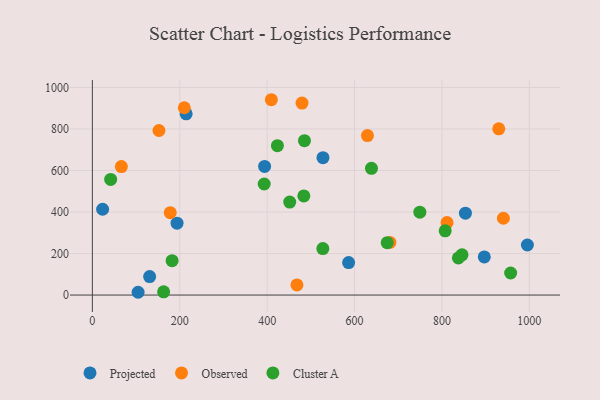
{"axis": {"x": "Engine Size", "y": "Demand"}, "legend": ["Cluster A", "Observed", "Projected"], "data": [{"x": "995.6", "y": 241.1, "type": "Projected"}, {"x": "214.7", "y": 872.9, "type": "Projected"}, {"x": "394.2", "y": 619.7, "type": "Projected"}, {"x": "104.7", "y": 13.4, "type": "Projected"}, {"x": "586.5", "y": 156.5, "type": "Projected"}, {"x": "23.5", "y": 413.3, "type": "Projected"}, {"x": "527.8", "y": 661.9, "type": "Projected"}, {"x": "853.8", "y": 394.5, "type": "Projected"}, {"x": "193.8", "y": 346.5, "type": "Projected"}, {"x": "897.0", "y": 183.7, "type": "Projected"}, {"x": "131.1", "y": 89.0, "type": "Projected"}, {"x": "930.1", "y": 800.7, "type": "Observed"}, {"x": "210.4", "y": 902.4, "type": "Observed"}, {"x": "178.3", "y": 397.1, "type": "Observed"}, {"x": "468.2", "y": 48.7, "type": "Observed"}, {"x": "940.7", "y": 370.0, "type": "Observed"}, {"x": "152.4", "y": 792.7, "type": "Observed"}, {"x": "479.8", "y": 924.8, "type": "Observed"}, {"x": "681.0", "y": 253.5, "type": "Observed"}, {"x": "66.4", "y": 618.9, "type": "Observed"}, {"x": "811.7", "y": 349.1, "type": "Observed"}, {"x": "409.6", "y": 941.0, "type": "Observed"}, {"x": "629.6", "y": 768.5, "type": "Observed"}, {"x": "846.0", "y": 193.7, "type": "Cluster A"}, {"x": "485.4", "y": 743.6, "type": "Cluster A"}, {"x": "484.0", "y": 477.4, "type": "Cluster A"}, {"x": "674.8", "y": 252.4, "type": "Cluster A"}, {"x": "423.5", "y": 719.8, "type": "Cluster A"}, {"x": "807.5", "y": 309.2, "type": "Cluster A"}, {"x": "957.3", "y": 106.3, "type": "Cluster A"}, {"x": "393.3", "y": 535.0, "type": "Cluster A"}, {"x": "451.7", "y": 447.8, "type": "Cluster A"}, {"x": "41.9", "y": 557.2, "type": "Cluster A"}, {"x": "749.5", "y": 399.4, "type": "Cluster A"}, {"x": "527.5", "y": 224.0, "type": "Cluster A"}, {"x": "163.1", "y": 15.8, "type": "Cluster A"}, {"x": "638.8", "y": 610.6, "type": "Cluster A"}, {"x": "837.7", "y": 179.1, "type": "Cluster A"}, {"x": "182.5", "y": 165.6, "type": "Cluster A"}]}